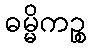
ဓမ္မိကဉ္စ